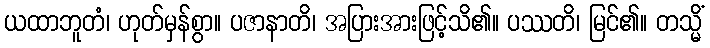
ယထာဘူတံ၊ ဟုတ်မှန်စွာ။ ပဇာနာတိ၊ အပြားအားဖြင့်သိ၏။ ပဿတိ၊ မြင်၏။ တသ္မိံ